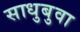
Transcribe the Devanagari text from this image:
साधुबुवा